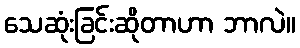
သေဆုံးခြင်းဆိုတာဟာ ဘာလဲ။